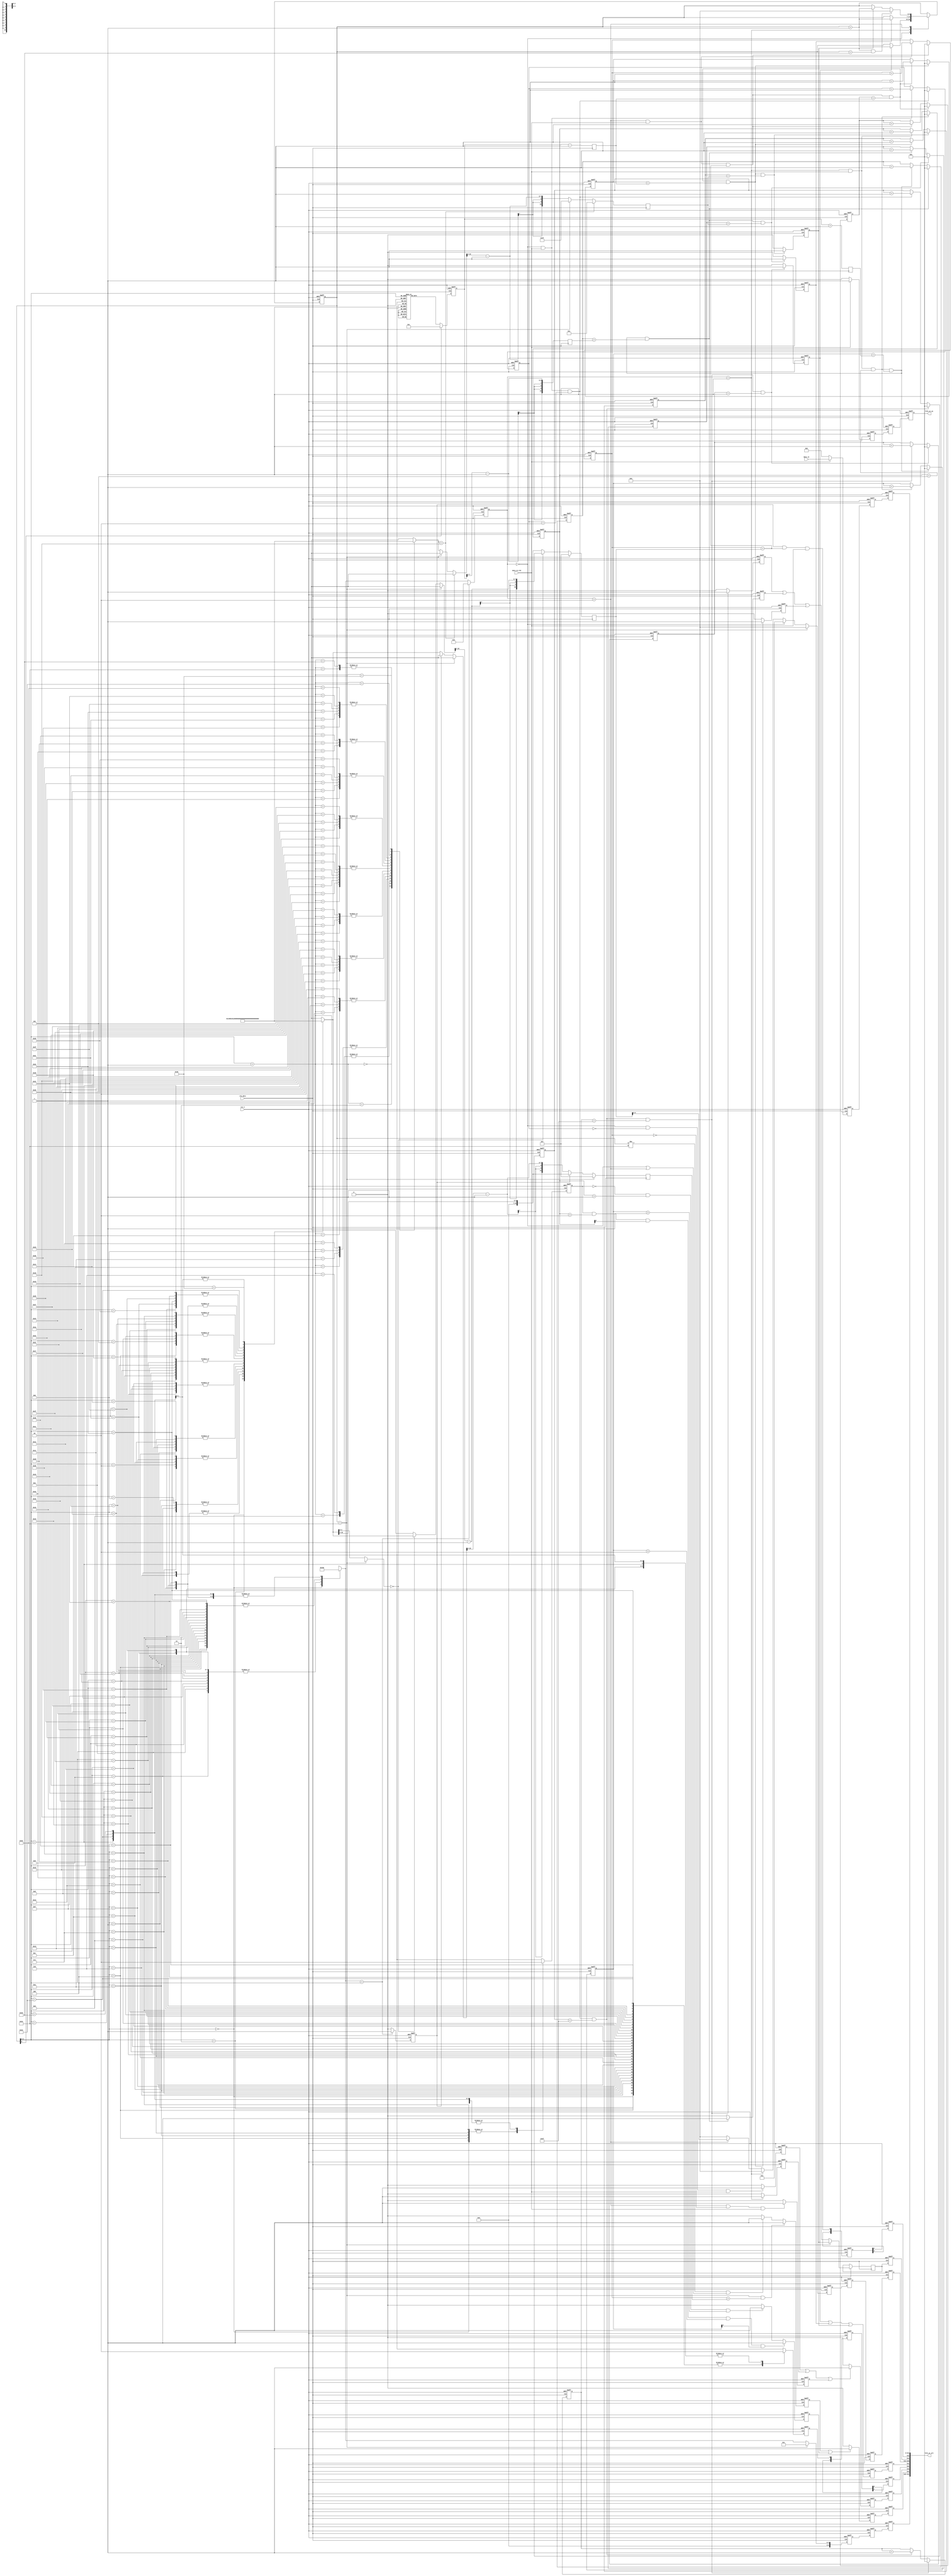
module data_in_reorder
    #(parameter BANDWIDTH=512,
                BITWIDTH=32)(
    input                           clk_data,
    input                           rst_n,
                                    
    input [BANDWIDTH-1:0]           data_in,
    input                           data_in_vld,
                                    
    output reg                      fifo_wr_en,
    output [BITWIDTH*16-1+20:0]     fifo_wr_all
);

//-------------------------------------------
// regs & wires & parameters
//-------------------------------------------
parameter CONV_MODE  = 2'd0;
parameter DW_MODE    = 2'd1;
parameter PW_MODE    = 2'd2;
parameter AVGPL_MODE = 2'd3;

parameter L_CONV  = 3'd0;
parameter L_DW    = 3'd1;
parameter L_PW    = 3'd2;
parameter L_AVGPL = 3'd3;
parameter L_PW_SC = 3'd4;

parameter ST_W_RD    = 2'd0;
parameter ST_SC_RD   = 2'd1;
parameter ST_BIAS_RD = 2'd2;
parameter ST_DATA_RD = 2'd3;

reg  [7:0]                      pic_size;
reg  [15:0]                     pic_square;
reg  [7:0]                      pic_size_1;
reg  [7:0]                      pic_size_dw;
reg  [10:0]                     pic_size_half_1;
reg  [10:0]                     pic_size_quarter_1;
reg  [10:0]                     ci_quarter_1;
reg  [10:0]                     ci_div16_1;
reg  [10:0]                     ci_div16_sc;
reg  [7:0]                      ci_div8;
reg  [7:0]                      ci_div8_1;
reg  [10:0]                     co_div16_1;
reg  [13:0]                     dw_w_chg_cnt_num;
reg  [15:0]                     pw_w_chg_cnt_num;

wire [2:0]                      layer_type[53:0];
wire                            relu_vld[53:0];

wire [10:0]                     c_size_i[54:0];
wire                            s_value[53:0];
reg                             conv_each_done;
reg                             dw_each_done;
reg                             pw_each_done;
reg                             conv_all_done;
reg                             dw_all_done;
reg                             pw_all_done;

wire                            conv_temp_vld1;
wire                            conv_temp_vld2;
wire                            conv_temp_vld3;
wire                            dw_temp_vld1;
wire                            dw_temp_vld2;
reg                             pw_temp_vld;

genvar i;

reg [2:0]                       layer_type_cur;
reg [6:0]                       layer_num_cur;
reg                             layer_sc_vld;
reg                             relu_vld_cur;
reg                             layer_stride;

always @ (posedge clk_data or negedge rst_n) begin 
	if (!rst_n) begin 
		layer_type_cur <= 3'd0;
        layer_sc_vld   <= 1'b0;
        relu_vld_cur   <= 1'b0;
        layer_stride   <= 1'b0;
	end else begin 
		layer_type_cur <= layer_type[layer_num_cur] == L_PW_SC ? L_PW : layer_type[layer_num_cur];
        layer_sc_vld   <= layer_type[layer_num_cur] == L_PW_SC ? 1'b1 : 1'b0;
        relu_vld_cur   <= relu_vld[layer_num_cur];
        layer_stride   <= s_value[layer_num_cur];
	end
end

always @ (posedge clk_data or negedge rst_n) begin 
	if (!rst_n) begin 
		layer_num_cur <= 7'd0;
	end else begin 
		case (layer_type_cur) 
			L_CONV : begin 
				if (conv_all_done == 1'b1) begin 
					layer_num_cur <= layer_num_cur + 1'b1;
				end	else begin 
					layer_num_cur <= layer_num_cur;
				end
			end 
			L_DW : begin 
				if (dw_all_done == 1'b1) begin 
					layer_num_cur <= layer_num_cur + 1'b1;
				end	else begin 
					layer_num_cur <= layer_num_cur;
				end
			end 
            L_PW : begin 
                if (pw_all_done == 1'b1 && layer_num_cur == 7'd53) begin 
                    layer_num_cur <= 7'd0;
                end else if (pw_all_done == 1'b1) begin
                    layer_num_cur <= layer_num_cur + 1'b1;
                end else begin 
                    layer_num_cur <= layer_num_cur;
                end
            end
			default : begin 
				layer_num_cur <= layer_num_cur;
			end
		endcase
	end
end

// reg [6:0]                       layer_type_cur;
// reg [10:0]                      pic_size_quarter_1_temp;
// reg                             s_value_cur_temp;
// reg                             relu_vld_temp;

// always @ (posedge clk_data or negedge rst_n) begin
    // if(!rst_n) begin
        // layer_type_cur         <= 7'd0;
        // pic_size_quarter_1_temp     <= 7'd0;
        // s_value_cur_temp            <= 1'd0;
        // relu_vld_temp               <= 1'b1;
    // end else if (conv_temp_vld1 == 1'b1 || conv_temp_vld2 == 1'b1 || conv_temp_vld3 == 1'b1) begin
        // layer_type_cur         <= layer_type_cur;
        // pic_size_quarter_1_temp     <= pic_size_quarter_1_temp;
        // s_value_cur_temp            <= s_value_cur_temp;
        // relu_vld_temp               <= relu_vld_temp;
    // end else if (dw_temp_vld1 == 1'b1 || dw_temp_vld2 == 1'b1) begin
        // layer_type_cur         <= layer_type_cur;
        // pic_size_quarter_1_temp     <= pic_size_quarter_1_temp;
        // s_value_cur_temp            <= s_value_cur_temp;
        // relu_vld_temp               <= relu_vld_temp;
    // end else begin 
        // layer_type_cur         <= layer_type_cur;
        // pic_size_quarter_1_temp     <= pic_size_quarter_1;
        // s_value_cur_temp            <= layer_stride;
        // relu_vld_temp               <= relu_vld_cur;
    // end
// end

reg [13:0]                      dw_w_chg_cnt_num_temp;
reg [15:0]                      pw_w_chg_cnt_num_temp;

always @ (posedge clk_data or negedge rst_n) begin 
    if (!rst_n) begin 
        dw_w_chg_cnt_num_temp <= 14'd0;
    end else if (dw_temp_vld1 == 1'b1 || dw_temp_vld2 == 1'b1) begin 
        dw_w_chg_cnt_num_temp <= dw_w_chg_cnt_num_temp;
    end else begin 
        dw_w_chg_cnt_num_temp <= dw_w_chg_cnt_num;
    end
end

always @ (posedge clk_data or negedge rst_n) begin 
    if (!rst_n) begin 
        pw_w_chg_cnt_num_temp <= 16'b0;
    end else if (pw_temp_vld == 1'b1) begin 
        pw_w_chg_cnt_num_temp <= pw_w_chg_cnt_num_temp;
    end else begin 
        pw_w_chg_cnt_num_temp <= pw_w_chg_cnt_num;
    end
end

reg [13:0]                      conv_data_cnt_ub;
reg [13:0]                      dw_data_cnt_ub;
reg [13:0]                      pw_data_cnt_ub;

always @ (posedge clk_data or negedge rst_n) begin 
    if (!rst_n) begin 
        dw_data_cnt_ub <= 14'd0;
    end else if (layer_type_cur == L_DW) begin 
        dw_data_cnt_ub <= 14'd0;
    end
end

reg [10:0]                      conv_data_cnt_l1;
reg [10:0]                      conv_data_cnt_l2;
reg [10:0]                      conv_data_cnt_l3;
reg [10:0]                      conv_data_cnt_l4;

/*------------------conv_data_cnt_l1------------------*/
always @ (posedge clk_data or negedge rst_n) begin
    if(!rst_n) begin
        conv_data_cnt_l1 <= 11'd0;
    end else if (layer_type_cur == L_CONV && 
                 data_in_vld == 1'b1 && 
                 conv_data_cnt_l1 == 11'd2) begin
        conv_data_cnt_l1 <= 11'd0;
    end else if (layer_type_cur == L_CONV && 
                 data_in_vld == 1'b1) begin
        conv_data_cnt_l1 <= conv_data_cnt_l1 + 1'b1;
    end else begin 
        conv_data_cnt_l1 <= conv_data_cnt_l1;
    end
end

/*------------------conv_data_cnt_l2------------------*/
always @ (posedge clk_data or negedge rst_n) begin
    if(!rst_n) begin
        conv_data_cnt_l2 <= 11'd0;
    end else if (layer_type_cur == L_CONV && 
                 data_in_vld == 1'b1 && 
                 conv_data_cnt_l1 == 11'd2 && 
                 conv_data_cnt_l2 == 11'd63) begin
        conv_data_cnt_l2 <= 11'd0;
    end else if (layer_type_cur == L_CONV && 
                 data_in_vld == 1'b1 && 
                 conv_data_cnt_l1 == 11'd2) begin
        conv_data_cnt_l2 <= conv_data_cnt_l2 + 1'b1;
    end else begin 
        conv_data_cnt_l2 <= conv_data_cnt_l2;
    end
end

/*------------------conv_data_cnt_l3------------------*/
always @ (posedge clk_data or negedge rst_n) begin
    if(!rst_n) begin
        conv_data_cnt_l3 <= 11'd0;
    end else if (layer_type_cur == L_CONV && 
                 data_in_vld == 1'b1 && 
                 conv_data_cnt_l1 == 11'd2 && 
                 conv_data_cnt_l2 == 11'd63 && 
                 conv_data_cnt_l3 == 11'd63) begin
        conv_data_cnt_l3 <= 11'd0;
    end else if (layer_type_cur == L_CONV && 
                 data_in_vld == 1'b1 && 
                 conv_data_cnt_l1 == 11'd2 && 
                 conv_data_cnt_l2 == 11'd63) begin
        conv_data_cnt_l3 <= conv_data_cnt_l3 + 1'b1;
    end else begin
        conv_data_cnt_l3 <= conv_data_cnt_l3;
    end
end

/*------------------conv_data_cnt_l4------------------*/
always @ (posedge clk_data or negedge rst_n) begin
    if(!rst_n) begin
        conv_data_cnt_l4 <= 11'd0;
    end else if (layer_type_cur == L_CONV && 
                 data_in_vld == 1'b1 && 
                 conv_data_cnt_l1 == 11'd2 && 
                 conv_data_cnt_l2 == 11'd63 && 
                 conv_data_cnt_l3 == 11'd63 && 
                 conv_data_cnt_l4 == 11'd1) begin
        conv_data_cnt_l4 <= 11'd0;
    end else if (layer_type_cur == L_CONV && 
                 data_in_vld == 1'b1 && 
                 conv_data_cnt_l1 == 11'd2 && 
                 conv_data_cnt_l2 == 11'd63 && 
                 conv_data_cnt_l3 == 11'd63) begin
        conv_data_cnt_l4 <= conv_data_cnt_l4 + 1'b1;
    end else begin 
        conv_data_cnt_l4 <= conv_data_cnt_l4;
    end
end

always @ (posedge clk_data or negedge rst_n) begin 
    if (!rst_n) begin 
        conv_each_done <= 1'b0;
    end else if (layer_type_cur == L_CONV && 
                 data_in_vld == 1'b1 && 
                 conv_data_cnt_l1 == 11'd2 && 
                 conv_data_cnt_l2 == 11'd63 && 
                 conv_data_cnt_l3 == 11'd63) begin 
        conv_each_done <= 1'b1;
    end else begin 
        conv_each_done <= 1'b0;
    end
end

always @ (posedge clk_data or negedge rst_n) begin 
    if (!rst_n) begin 
        conv_all_done <= 1'b0;
    end else if (layer_type_cur == L_CONV && 
                 data_in_vld == 1'b1 && 
                 conv_data_cnt_l1 == 11'd2 && 
                 conv_data_cnt_l2 == 11'd63 && 
                 conv_data_cnt_l3 == 11'd63 && 
                 conv_data_cnt_l4 == 11'd1) begin 
        conv_all_done <= 1'b1;
    end else begin 
        conv_all_done <= 1'b0;
    end
end

reg [10:0]                      dw_data_cnt_l1;
reg [10:0]                      dw_data_cnt_l2;
reg [10:0]                      dw_data_cnt_l3;
reg [10:0]                      dw_data_cnt_l4;

always @ (posedge clk_data or negedge rst_n) begin
    if(!rst_n) begin
        dw_data_cnt_l1 <= 11'd0;
    end else if (layer_type_cur == L_DW && 
                 data_in_vld == 1'b1 && 
                 dw_data_cnt_l1 == 11'd5) begin
        dw_data_cnt_l1 <= 11'd0;
    end else if (layer_type_cur == L_DW && 
                 data_in_vld == 1'b1) begin
        dw_data_cnt_l1 <= dw_data_cnt_l1 + 1'b1;
    end else begin 
        dw_data_cnt_l1 <= dw_data_cnt_l1;
    end
end

always @ (posedge clk_data or negedge rst_n) begin
    if(!rst_n) begin
        dw_data_cnt_l2 <= 11'd0;
    end else if (layer_type_cur == L_DW && 
                 data_in_vld == 1'b1 && 
                 dw_data_cnt_l1 == 11'd5  && 
                 dw_data_cnt_l2 == pic_size_dw) begin
        dw_data_cnt_l2 <= 11'd0;
    end else if (layer_type_cur == L_DW && 
                 data_in_vld == 1'b1 && 
                 dw_data_cnt_l1 == 11'd5) begin
        dw_data_cnt_l2 <= dw_data_cnt_l2 + 1'b1;
    end else begin 
        dw_data_cnt_l2 <= dw_data_cnt_l2;
    end
end

always @ (posedge clk_data or negedge rst_n) begin
    if(!rst_n) begin
        dw_data_cnt_l3 <= 11'd0;
    end else if (layer_type_cur == L_DW && 
                 data_in_vld == 1'b1 && 
                 dw_data_cnt_l1 == 11'd5 && 
                 dw_data_cnt_l2 == pic_size_dw && 
                 dw_data_cnt_l3 == pic_size_quarter_1) begin
        dw_data_cnt_l3 <= 11'd0;
    end else if (layer_type_cur == L_DW && 
                 data_in_vld == 1'b1 && 
                 dw_data_cnt_l1 == 11'd5 && 
                 dw_data_cnt_l2 == pic_size_dw) begin
        dw_data_cnt_l3 <= dw_data_cnt_l3 + 1'b1;
    end else begin 
        dw_data_cnt_l3 <= dw_data_cnt_l3;
    end
end

always @ (posedge clk_data or negedge rst_n) begin
    if(!rst_n) begin
        dw_data_cnt_l4 <= 11'd0;
    end else if (layer_type_cur == L_DW && 
                 data_in_vld == 1'b1 && 
                 dw_data_cnt_l1 == 11'd5 && 
                 dw_data_cnt_l2 == pic_size_dw && 
                 dw_data_cnt_l3 == pic_size_quarter_1 &&
                 dw_data_cnt_l4 == co_div16_1) begin
        dw_data_cnt_l4 <= 11'd0;
    end else if (layer_type_cur == L_DW && 
                 data_in_vld == 1'b1 && 
                 dw_data_cnt_l1 == 11'd5 && 
                 dw_data_cnt_l2 == pic_size_dw && 
                 dw_data_cnt_l3 == pic_size_quarter_1) begin
        dw_data_cnt_l4 <= dw_data_cnt_l4 + 1'b1;
    end
end

always @ (posedge clk_data or negedge rst_n) begin 
    if (!rst_n) begin 
        dw_each_done <= 1'b0;
    end else if (layer_type_cur == L_DW && 
                 data_in_vld == 1'b1 && 
                 dw_data_cnt_l1 == 11'd5 && 
                 dw_data_cnt_l2 == pic_size_dw && 
                 dw_data_cnt_l3 == pic_size_quarter_1) begin 
        dw_each_done <= 1'b1;
    end else begin 
        dw_each_done <= 1'b0;
    end
end

always @ (posedge clk_data or negedge rst_n) begin 
    if (!rst_n) begin 
        dw_all_done <= 1'b0;
    end else if (layer_type_cur == L_DW && 
                 data_in_vld == 1'b1 && 
                 dw_data_cnt_l1 == 11'd5 && 
                 dw_data_cnt_l2 == pic_size_dw && 
                 dw_data_cnt_l3 == pic_size_quarter_1 &&
                 dw_data_cnt_l4 == co_div16_1) begin 
        dw_all_done <= 1'b1;
    end else begin 
        dw_all_done <= 1'b0;
    end
end

reg [10:0]                      pw_data_cnt_l1;
reg [10:0]                      pw_data_cnt_l2;
reg [10:0]                      pw_data_cnt_l3;
reg [10:0]                      pw_data_cnt_l4;

always @ (posedge clk_data or negedge rst_n) begin
    if(!rst_n) begin
        pw_data_cnt_l1 <= 11'd0;
    end else if (layer_type_cur == L_PW && 
                 data_in_vld == 1'b1 && 
                 pw_data_cnt_l1 == ci_div16_1) begin
        pw_data_cnt_l1 <= 11'd0;
    end else if (layer_type_cur == L_PW && 
                 data_in_vld == 1'b1) begin
        pw_data_cnt_l1 <= pw_data_cnt_l1 + 1'b1;
    end
end

always @ (posedge clk_data or negedge rst_n) begin
    if(!rst_n) begin
        pw_data_cnt_l2 <= 11'd0;
    end else if (layer_type_cur == L_PW && 
                 data_in_vld == 1'b1 && 
                 pw_data_cnt_l1 == ci_div16_1 && 
                 pw_data_cnt_l2 == pic_size_1) begin
        pw_data_cnt_l2 <= 11'd0;
    end else if (layer_type_cur == L_PW && 
                 data_in_vld == 1'b1 && 
                 pw_data_cnt_l1 == ci_div16_1) begin
        pw_data_cnt_l2 <= pw_data_cnt_l2 + 1'b1;
    end
end

always @ (posedge clk_data or negedge rst_n) begin
    if(!rst_n) begin
        pw_data_cnt_l3 <= 11'd0;
    end else if (layer_type_cur == L_PW && 
                 data_in_vld == 1'b1 && 
                 pw_data_cnt_l1 == ci_div16_1 && 
                 pw_data_cnt_l2 == pic_size_1 && 
                 pw_data_cnt_l3 == pic_size_1) begin
        pw_data_cnt_l3 <= 11'd0;
    end else if (layer_type_cur == L_PW && 
                 data_in_vld == 1'b1 && 
                 pw_data_cnt_l1 == ci_div16_1 && 
                 pw_data_cnt_l2 == pic_size_1) begin
        pw_data_cnt_l3 <= pw_data_cnt_l3 + 1'b1;
    end
end

always @ (posedge clk_data or negedge rst_n) begin
    if(!rst_n) begin
        pw_data_cnt_l4 <= 11'd0;
    end else if (layer_type_cur == L_PW && 
                 data_in_vld == 1'b1 && 
                 pw_data_cnt_l1 == ci_div16_1 && 
                 pw_data_cnt_l2 == pic_size_1 && 
                 pw_data_cnt_l3 == pic_size_1 && 
                 pw_data_cnt_l4 == co_div16_1) begin
        pw_data_cnt_l4 <= 11'd0;
    end else if (layer_type_cur == L_PW && 
                 data_in_vld == 1'b1 && 
                 pw_data_cnt_l1 == ci_div16_1 && 
                 pw_data_cnt_l2 == pic_size_1 && 
                 pw_data_cnt_l3 == pic_size_1) begin
        pw_data_cnt_l4 <= pw_data_cnt_l4 + 1'b1;
    end
end

always @ (posedge clk_data or negedge rst_n) begin 
    if (!rst_n) begin 
        pw_each_done <= 1'b0;
    end else if (layer_type_cur == L_PW && 
                 data_in_vld == 1'b1 && 
                 pw_data_cnt_l1 == ci_div16_1 && 
                 pw_data_cnt_l2 == pic_size_1 && 
                 pw_data_cnt_l3 == pic_size_1) begin 
        pw_each_done <= 1'b1;
    end else begin 
        pw_each_done <= 1'b0;
    end
end

always @ (posedge clk_data or negedge rst_n) begin 
    if (!rst_n) begin 
        pw_all_done <= 1'b0;
    end else if (layer_type_cur == L_PW && 
                 data_in_vld == 1'b1 && 
                 pw_data_cnt_l1 == ci_div16_1 && 
                 pw_data_cnt_l2 == pic_size_1 && 
                 pw_data_cnt_l3 == pic_size_1 && 
                 pw_data_cnt_l4 == co_div16_1) begin 
        pw_all_done <= 1'b1;
    end else begin 
        pw_all_done <= 1'b0;
    end
end

reg                             data_reorder_temp_vld;
reg [BITWIDTH*16-1:0]           data_reorder_temp;

always @ (posedge clk_data or negedge rst_n) begin 
    if (!rst_n) begin 
        data_reorder_temp_vld <= 1'b0;
    end else if (data_in_vld == 1'b1) begin 
        data_reorder_temp_vld <= 1'b1;
    end else begin 
        data_reorder_temp_vld <= 1'b0;
    end
end

always @ (posedge clk_data or negedge rst_n) begin 
    if (!rst_n) begin 
        data_reorder_temp <= 0;
    end else if (data_in_vld == 1'b1) begin 
        data_reorder_temp <= data_in;
    end else begin 
        data_reorder_temp <= 0;
    end
end

reg [BITWIDTH*16-1:0]           data_reorder_temp_r;
reg [BITWIDTH*16-1:0]           fifo_wr_data;

always @ (posedge clk_data or negedge rst_n) begin 
    if (!rst_n) begin 
        data_reorder_temp_r <= 0;
        fifo_wr_data        <= 0;
    end else begin 
        data_reorder_temp_r <= data_reorder_temp;
        fifo_wr_data        <= data_reorder_temp_r;
    end
end

//-------------------------------------------
// control signal for data reorder
// for this 16-Data-In Architecture 
// all data only need to register once 
//-------------------------------------------
reg                             fifo_wr_en_p;
reg [2:0]                       fifo_wr_en_p_r;

always @ (posedge clk_data or negedge rst_n) begin
    if (!rst_n) begin 
        fifo_wr_en_p <= 1'b0;
    end else if (data_in_vld == 1'b1) begin 
        fifo_wr_en_p <= 1'b1;        
    end else begin 
        fifo_wr_en_p <= 1'b0;
    end
end

always @ (posedge clk_data or negedge rst_n) begin 
    if (!rst_n) begin 
        fifo_wr_en_p_r <= 3'b0;
        fifo_wr_en     <= 1'b0;
    end else begin 
        fifo_wr_en_p_r <= {fifo_wr_en_p_r[1:0], fifo_wr_en_p};
        fifo_wr_en     <= fifo_wr_en_p_r[0];
    end
end

/*-------------fifo_wr_slice_finish--------------*/ 
reg                         	fifo_wr_slice_finish;
reg                         	fifo_wr_slice_finish_p;  
reg [1:0]                     	fifo_wr_slice_finish_r;  

always @ (posedge clk_data or negedge rst_n) begin 
    if (!rst_n) begin 
        fifo_wr_slice_finish <= 1'b0;
        fifo_wr_slice_finish <= 1'b0;
    end else begin 
        fifo_wr_slice_finish_p <= layer_num_cur == 52 ? pw_all_done : (conv_each_done | dw_each_done | pw_each_done);
        fifo_wr_slice_finish   <= fifo_wr_slice_finish_p;
    end
end

// always @ (posedge clk_data or negedge rst_n) begin 
    // if (!rst_n) begin 
        // fifo_wr_slice_finish_r <= 2'b0;
        // fifo_wr_slice_finish   <= 1'b0;
    // end else begin 
        // fifo_wr_slice_finish_r <= {fifo_wr_slice_finish_r[0], fifo_wr_slice_finish_p};
        // fifo_wr_slice_finish   <= fifo_wr_slice_finish_p;
    // end
// end

/*-------------fifo_wr_layer_type_cur--------------*/
reg  [6:0]                      fifo_wr_layer_type_cur;
reg  [6:0]                      fifo_wr_layer_type_cur_g;
reg  [6:0]                      fifo_wr_layer_type_cur_r[2:0];

always @ (posedge clk_data or negedge rst_n) begin 
    if (!rst_n) begin 
        fifo_wr_layer_type_cur_g <= 1'b0;
    end else if (layer_num_cur == 52) begin 
        fifo_wr_layer_type_cur_g <= L_AVGPL;
    end else begin 
        fifo_wr_layer_type_cur_g <= layer_type[layer_num_cur];
    end
end

always @ (posedge clk_data or negedge rst_n) begin 
    if (!rst_n) begin 
        fifo_wr_layer_type_cur_r[0] <= 1'b0;
        fifo_wr_layer_type_cur_r[1] <= 1'b0;
        fifo_wr_layer_type_cur_r[2] <= 1'b0;
        fifo_wr_layer_type_cur      <= 1'b0;
    end else begin 
        fifo_wr_layer_type_cur_r[0] <= fifo_wr_layer_type_cur_g;
        fifo_wr_layer_type_cur_r[1] <= fifo_wr_layer_type_cur_r[0];
        fifo_wr_layer_type_cur_r[2] <= fifo_wr_layer_type_cur_r[1];
        fifo_wr_layer_type_cur      <= fifo_wr_layer_type_cur_r[0];
    end
end

/*-------------fifo_wr_calc_en--------------*/
reg                             conv_pw_calc_en;
reg                             dw_calc_en;
reg                             fifo_wr_calc_en;
reg                             fifo_wr_calc_en_p;
reg [1:0]                       fifo_wr_calc_en_r;
 
always @ (posedge clk_data or negedge rst_n) begin 
    if (!rst_n) begin 
        conv_pw_calc_en <= 1'b0;
    end else if (layer_num_cur == 52 && pw_data_cnt_l1 == ci_div16_sc) begin 
        conv_pw_calc_en <= 1'b1;
    end else if (layer_num_cur != 52 && (layer_type_cur == L_CONV || layer_type_cur == L_PW)) begin 
        conv_pw_calc_en <= 1'b1;
    end else begin 
        conv_pw_calc_en <= 1'b0;
    end
end

always @ (posedge clk_data or negedge rst_n) begin 
    if (!rst_n) begin 
        dw_calc_en <= 1'b0;
    end else if (layer_stride == 1'b1 && dw_data_cnt_l1 > 11'd2 && dw_data_cnt_l1[0] == 1'b1 && dw_data_cnt_l2 > 11'd2 && dw_data_cnt_l2[0] == 1'b1) begin 
        dw_calc_en <= 1'b1;
    end else if (layer_stride == 1'b0 && dw_data_cnt_l1 > 11'd1 && dw_data_cnt_l2 > 11'd1) begin 
        dw_calc_en <= 1'b1;
    end else begin 
        dw_calc_en <= 1'b0;
    end
end

always @ (posedge clk_data or negedge rst_n) begin 
    if (!rst_n) begin 
        fifo_wr_calc_en_p <= 1'b0; 
    end else if (conv_pw_calc_en || dw_calc_en) begin 
        fifo_wr_calc_en_p <= 1'b1; 
    end else begin 
        fifo_wr_calc_en_p <= 1'b0; 
    end
end

always @ (posedge clk_data or negedge rst_n) begin 
    if (!rst_n) begin 
        fifo_wr_calc_en_r <= 2'b0;
        fifo_wr_calc_en   <= 1'b0;
    end else begin 
        fifo_wr_calc_en_r <= {fifo_wr_calc_en_r[0], fifo_wr_calc_en_p};
        fifo_wr_calc_en   <= fifo_wr_calc_en_p;
    end
end

/*-------------fifo_wr_acc_s--------------*/
reg                             conv_acc_s_p;
reg                             dw_acc_s_p;
reg                             pw_acc_s_p;

always @ (posedge clk_data or negedge rst_n) begin 
    if (!rst_n) begin 
        conv_acc_s_p <= 1'b0;
    end else if (layer_type_cur == L_CONV && conv_data_cnt_l1 == 0 && data_in_vld == 1'b1) begin 
        conv_acc_s_p <= 1'b1;
    end else begin 
        conv_acc_s_p <= 1'b0; 
    end
end

always @ (posedge clk_data or negedge rst_n) begin 
    if (!rst_n) begin 
        dw_acc_s_p <= 1'b0;
    end else if (layer_type_cur == L_DW) begin 
        dw_acc_s_p <= 1'b1;
    end else begin 
        dw_acc_s_p <= 1'b0;
    end
end

always @ (posedge clk_data or negedge rst_n) begin 
    if (!rst_n) begin 
        pw_acc_s_p <= 1'b0;
    end else if (layer_type_cur == L_PW && pw_data_cnt_l1 == 0 && data_in_vld == 1'b1) begin 
        pw_acc_s_p <= 1'b1;
    end else begin 
        pw_acc_s_p <= 1'b0;
    end
end

reg                             fifo_wr_acc_s;
reg                             fifo_wr_acc_s_p;
reg [1:0]                       fifo_wr_acc_s_r;

always @ (posedge clk_data or negedge rst_n) begin 
    if (!rst_n) begin 
        fifo_wr_acc_s_p <= 1'b0;
    end else if (conv_acc_s_p == 1'b1 || dw_acc_s_p == 1'b1 || pw_acc_s_p == 1'b1) begin 
        fifo_wr_acc_s_p <= 1'b1;
    end else begin 
        fifo_wr_acc_s_p <= 1'b0;
    end
end

always @ (posedge clk_data or negedge rst_n) begin 
    if (!rst_n) begin 
        fifo_wr_acc_s_r <= 2'b0;
        fifo_wr_acc_s   <= 1'b0;
    end else begin 
        fifo_wr_acc_s_r <= {fifo_wr_acc_s_r[0], fifo_wr_acc_s_p};
        fifo_wr_acc_s   <= fifo_wr_acc_s_p;
    end
end

/*-------------relu_vld--------------*/
reg [3:0]                       fifo_wr_relu_vld_r;
reg                             fifo_wr_relu_vld;

always @ (posedge clk_data or negedge rst_n) begin 
    if (!rst_n) begin 
        fifo_wr_relu_vld_r <= 4'd0;
        fifo_wr_relu_vld   <= 1'b0;
    end else begin 
        fifo_wr_relu_vld_r <= {fifo_wr_relu_vld_r[2:0], relu_vld_cur};
        fifo_wr_relu_vld   <= fifo_wr_relu_vld_r[1];
    end        
end 

/*-------------fifo_wr_layer_finish--------------*/
reg                             fifo_wr_layer_finish_p;
reg                             fifo_wr_layer_finish;

always @ (posedge clk_data or negedge rst_n) begin 
    if (!rst_n) begin 
        fifo_wr_layer_finish_p <= 1'b0;
    end else begin 
        fifo_wr_layer_finish_p <= conv_all_done | dw_all_done | pw_all_done;
    end
end

always @ (posedge clk_data or negedge rst_n) begin 
    if (!rst_n) begin 
        // fifo_wr_layer_finish_r <= 2'b0;
        fifo_wr_layer_finish   <= 1'b0;
    end else begin 
        // fifo_wr_layer_finish_r <= {fifo_wr_layer_finish_r[0], fifo_wr_layer_finish_p};
        fifo_wr_layer_finish   <= fifo_wr_layer_finish_p;
    end
end

/*-------------fifo_wr_acc_para--------------*/
reg [6:0]                       fifo_wr_acc_para;
reg [6:0]                       fifo_wr_acc_para_p;
reg [6:0]                       fifo_wr_acc_para_p_r[2:0];

always @ (posedge clk_data or negedge rst_n)
begin
    if(!rst_n) begin
        fifo_wr_acc_para_p <= 7'd0;
    end else if (layer_num_cur == 52) begin 
        fifo_wr_acc_para_p <= 7'd0;
    end else if (layer_type_cur == L_CONV) begin
        fifo_wr_acc_para_p <= 7'd2;
    end else if (layer_type_cur == L_DW) begin
        fifo_wr_acc_para_p <= 7'd0;
    end else if (layer_type_cur == L_PW) begin 
        fifo_wr_acc_para_p <= ci_div16_1[6:0];
    end else begin
        fifo_wr_acc_para_p <= 7'd0;
    end
end

always @ (posedge clk_data or negedge rst_n) begin 
    if (!rst_n) begin 
        fifo_wr_acc_para_p_r[0] <= 7'b0;
        fifo_wr_acc_para_p_r[1] <= 7'b0;
        fifo_wr_acc_para_p_r[2] <= 7'b0;
        fifo_wr_acc_para        <= 7'b0;
    end else begin 
        fifo_wr_acc_para_p_r[0] <= fifo_wr_acc_para_p;
        fifo_wr_acc_para_p_r[1] <= fifo_wr_acc_para_p_r[0];
        fifo_wr_acc_para_p_r[2] <= fifo_wr_acc_para_p_r[1];
        fifo_wr_acc_para        <= fifo_wr_acc_para_p_r[1];
    end
end

/*-------------fifo_wr_pw_sc--------------*/
reg                             fifo_wr_pw_sc;
reg [2:0]                       fifo_wr_pw_sc_p;

always @ (posedge clk_data or negedge rst_n) begin 
    if (!rst_n) begin 
        fifo_wr_pw_sc_p <= 3'b0;
    end else begin 
        fifo_wr_pw_sc_p <= {fifo_wr_pw_sc_p[1:0], (layer_sc_vld & pw_data_cnt_l1 == ci_div16_1 & data_in_vld)};
    end
end

always @ (posedge clk_data or negedge rst_n) begin 
    if (!rst_n) begin 
        fifo_wr_pw_sc <= 1'b0;
    end else begin 
        fifo_wr_pw_sc <= fifo_wr_pw_sc_p[1]; 
    end
end

assign fifo_wr_all = {fifo_wr_layer_type_cur, fifo_wr_calc_en, fifo_wr_acc_s, fifo_wr_relu_vld, 
                      fifo_wr_layer_finish, fifo_wr_acc_para, fifo_wr_slice_finish, fifo_wr_pw_sc, fifo_wr_data};


//layer type
assign layer_type[0]  = L_CONV;  assign layer_type[3] = L_PW;     assign layer_type[6] = L_PW;
assign layer_type[1]  = L_DW;    assign layer_type[4] = L_DW;     assign layer_type[7] = L_DW;
assign layer_type[2]  = L_PW;    assign layer_type[5] = L_PW;     assign layer_type[8] = L_PW_SC;

assign layer_type[9 ] = L_PW;    assign layer_type[12] = L_PW;    assign layer_type[15] = L_PW;
assign layer_type[10] = L_DW;    assign layer_type[13] = L_DW;    assign layer_type[16] = L_DW;
assign layer_type[11] = L_PW;    assign layer_type[14] = L_PW_SC; assign layer_type[17] = L_PW_SC;

assign layer_type[18] = L_PW;    assign layer_type[21] = L_PW;    assign layer_type[24] = L_PW;
assign layer_type[19] = L_DW;    assign layer_type[22] = L_DW;    assign layer_type[25] = L_DW;
assign layer_type[20] = L_PW;    assign layer_type[23] = L_PW_SC; assign layer_type[26] = L_PW_SC;

assign layer_type[27] = L_PW;    assign layer_type[30] = L_PW;    assign layer_type[33] = L_PW;
assign layer_type[28] = L_DW;    assign layer_type[31] = L_DW;    assign layer_type[34] = L_DW;
assign layer_type[29] = L_PW_SC; assign layer_type[32] = L_PW;    assign layer_type[35] = L_PW_SC;

assign layer_type[36] = L_PW;    assign layer_type[39] = L_PW;    assign layer_type[42] = L_PW;
assign layer_type[37] = L_DW;    assign layer_type[40] = L_DW;    assign layer_type[43] = L_DW;
assign layer_type[38] = L_PW_SC; assign layer_type[41] = L_PW;    assign layer_type[44] = L_PW_SC;

assign layer_type[45] = L_PW;    assign layer_type[48] = L_PW;    assign layer_type[51] = L_PW;
assign layer_type[46] = L_DW;    assign layer_type[49] = L_DW;    assign layer_type[52] = L_PW;
assign layer_type[47] = L_PW_SC; assign layer_type[50] = L_PW;    assign layer_type[53] = L_PW;

reg [7:0]           pic_size_cur;

always @ (posedge clk_data or negedge rst_n) begin
    if (!rst_n) begin
        pic_size <= 8'd128;
    end else begin
        pic_size <= pic_size_cur;
    end
end

always @ (*) begin
    case (layer_num_cur)
        0 : 
        begin
            pic_size_cur = 8'd128;
        end
        1,2,3,4 : 
        begin
            pic_size_cur = 8'd64;
        end
        5,6,7,8,9,10 :
        begin
            pic_size_cur = 8'd32;
        end
        11,12,13,14,15,16,17,18,19 :
        begin
            pic_size_cur = 8'd16;
        end
        20,21,22,23,24,25,26,27,28,
        29,30,31,32,33,34,35,36,37,
        38,39,40 :
        begin
            pic_size_cur = 8'd8;
        end
        41,42,43,44,45,46,47,48,49,
        50,51: 
        begin
            pic_size_cur = 8'd4;
        end
        default : begin
            pic_size_cur = 8'd1;
        end
    endcase
end

//dw_w_chg_cnt_num = (pic+2)*pic
always @ (posedge clk_data) begin 
    case (pic_size_cur)
        8'd64 : begin 
            dw_w_chg_cnt_num <= 14'd1024  + 14'd32 - 1'b1;
        end
        8'd32 : begin 
            dw_w_chg_cnt_num <= 14'd256 + 14'd16 - 1'b1;
        end
        8'd16 : begin 
            dw_w_chg_cnt_num <= 14'd64 + 14'd8 - 1'b1;
        end
        8'd8 : begin 
            dw_w_chg_cnt_num <= 14'd16 + 14'd4 - 1'b1;
        end
        8'd4 : begin 
            dw_w_chg_cnt_num <= 14'd4 + 14'd2 - 1'b1;
        end
        default : begin 
            dw_w_chg_cnt_num <= 14'd0;
        end
    endcase
end

reg [23:0]                  pw_w_chg_cnt_num_p;

always @ (posedge clk_data) begin 
    ci_div8 <= c_size_i[layer_num_cur][10:3];
    pic_square <= pic_size * pic_size;
    pw_w_chg_cnt_num_p <= ci_div8 * pic_square;
    pw_w_chg_cnt_num <= layer_num_cur == 52 ? 16'd2559 : pw_w_chg_cnt_num_p[15:0] - 1'b1;
end

always @ (posedge clk_data) begin
    pic_size_quarter_1  <= pic_size[7:2] - 1'b1;
    pic_size_half_1     <= pic_size[7:1] - 1'b1;
    pic_size_1          <= pic_size[7:0] - 1'b1;
    pic_size_dw         <= pic_size[7:0] + 1'b1;
    ci_quarter_1        <= {2'b0, c_size_i[layer_num_cur][10:2]} - 1'b1;
end

always @ (posedge clk_data) begin 
    if (layer_num_cur == 52) begin 
        ci_div8_1 <= 8'd1;
    end else begin 
        ci_div8_1 <= c_size_i[layer_num_cur][10:3] - 1'b1;
    end
end

always @ (posedge clk_data) begin 
    if (c_size_i[layer_num_cur+1] == 11'd24) begin 
        co_div16_1 <= 11'd1;
    end else if (layer_num_cur == 52) begin 
        co_div16_1 <= 11'd79;
    end else begin 
        co_div16_1 <= c_size_i[layer_num_cur+1][10:4] - 1'b1;
    end
end

always @ (posedge clk_data) begin 
    if (layer_num_cur == 52) begin 
        ci_div16_sc <= 11'd15;
    end else if (layer_sc_vld == 1'b1) begin 
        ci_div16_sc <= {4'b0, c_size_i[layer_num_cur][10:4]};
    end else begin 
        ci_div16_sc <= {4'b0, c_size_i[layer_num_cur][10:4]} - 1'b1;
    end
end

always @ (posedge clk_data) begin 
    if (layer_num_cur == 52) begin 
        ci_div16_1 <= 11'd15;
    end else if (c_size_i[layer_num_cur][3:0] == 4'd0) begin 
        ci_div16_1 <= c_size_i[layer_num_cur][10:4] - 1'b1;
    end else begin 
        ci_div16_1 <= c_size_i[layer_num_cur][10:4];
    end
end

//c_size_i
assign c_size_i[ 0] = 11'd3   ; assign c_size_i[ 1] = 11'd32  ; assign c_size_i[ 2] = 11'd32  ;
assign c_size_i[ 3] = 11'd16  ; assign c_size_i[ 4] = 11'd96  ; assign c_size_i[ 5] = 11'd96  ;
assign c_size_i[ 6] = 11'd24  ; assign c_size_i[ 7] = 11'd144 ; assign c_size_i[ 8] = 11'd144 ;
assign c_size_i[ 9] = 11'd24  ; assign c_size_i[10] = 11'd144 ; assign c_size_i[11] = 11'd144 ;
assign c_size_i[12] = 11'd32  ; assign c_size_i[13] = 11'd192 ; assign c_size_i[14] = 11'd192 ;
assign c_size_i[15] = 11'd32  ; assign c_size_i[16] = 11'd192 ; assign c_size_i[17] = 11'd192 ;
assign c_size_i[18] = 11'd32  ; assign c_size_i[19] = 11'd192 ; assign c_size_i[20] = 11'd192 ;
assign c_size_i[21] = 11'd64  ; assign c_size_i[22] = 11'd384 ; assign c_size_i[23] = 11'd384 ;
assign c_size_i[24] = 11'd64  ; assign c_size_i[25] = 11'd384 ; assign c_size_i[26] = 11'd384 ;
assign c_size_i[27] = 11'd64  ; assign c_size_i[28] = 11'd384 ; assign c_size_i[29] = 11'd384 ;
assign c_size_i[30] = 11'd64  ; assign c_size_i[31] = 11'd384 ; assign c_size_i[32] = 11'd384 ;
assign c_size_i[33] = 11'd96  ; assign c_size_i[34] = 11'd576 ; assign c_size_i[35] = 11'd576 ;
assign c_size_i[36] = 11'd96  ; assign c_size_i[37] = 11'd576 ; assign c_size_i[38] = 11'd576 ;
assign c_size_i[39] = 11'd96  ; assign c_size_i[40] = 11'd576 ; assign c_size_i[41] = 11'd576 ;
assign c_size_i[42] = 11'd160 ; assign c_size_i[43] = 11'd960 ; assign c_size_i[44] = 11'd960 ;
assign c_size_i[45] = 11'd160 ; assign c_size_i[46] = 11'd960 ; assign c_size_i[47] = 11'd960 ;
assign c_size_i[48] = 11'd160 ; assign c_size_i[49] = 11'd960 ; assign c_size_i[50] = 11'd960 ;
assign c_size_i[51] = 11'd320 ; assign c_size_i[52] = 11'd1280; assign c_size_i[53] = 11'd1280;
assign c_size_i[54] = 11'd1008;

//stride
assign s_value[ 0] = 1'd1; assign s_value[ 1] = 1'd0; assign s_value[ 2] = 1'd0;
assign s_value[ 3] = 1'd0; assign s_value[ 4] = 1'd1; assign s_value[ 5] = 1'd0;
assign s_value[ 6] = 1'd0; assign s_value[ 7] = 1'd0; assign s_value[ 8] = 1'd0;
assign s_value[ 9] = 1'd0; assign s_value[10] = 1'd1; assign s_value[11] = 1'd0;
assign s_value[12] = 1'd0; assign s_value[13] = 1'd0; assign s_value[14] = 1'd0;
assign s_value[15] = 1'd0; assign s_value[16] = 1'd0; assign s_value[17] = 1'd0;
assign s_value[18] = 1'd0; assign s_value[19] = 1'd1; assign s_value[20] = 1'd0;
assign s_value[21] = 1'd0; assign s_value[22] = 1'd0; assign s_value[23] = 1'd0;
assign s_value[24] = 1'd0; assign s_value[25] = 1'd0; assign s_value[26] = 1'd0;
assign s_value[27] = 1'd0; assign s_value[28] = 1'd0; assign s_value[29] = 1'd0;
assign s_value[30] = 1'd0; assign s_value[31] = 1'd0; assign s_value[32] = 1'd0;
assign s_value[33] = 1'd0; assign s_value[34] = 1'd0; assign s_value[35] = 1'd0;
assign s_value[36] = 1'd0; assign s_value[37] = 1'd0; assign s_value[38] = 1'd0;
assign s_value[39] = 1'd0; assign s_value[40] = 1'd1; assign s_value[41] = 1'd0;
assign s_value[42] = 1'd0; assign s_value[43] = 1'd0; assign s_value[44] = 1'd0;
assign s_value[45] = 1'd0; assign s_value[46] = 1'd0; assign s_value[47] = 1'd0;
assign s_value[48] = 1'd0; assign s_value[49] = 1'd0; assign s_value[50] = 1'd0;
assign s_value[51] = 1'd0; assign s_value[52] = 1'd0; assign s_value[53] = 1'd0;

//relu_vld
assign relu_vld[0]  = 1'b1;  assign relu_vld[18] = 1'b1; assign relu_vld[36] = 1'b1;
assign relu_vld[1]  = 1'b1;  assign relu_vld[19] = 1'b1; assign relu_vld[37] = 1'b1;
assign relu_vld[2]  = 1'b0;  assign relu_vld[20] = 1'b0; assign relu_vld[38] = 1'b0;
assign relu_vld[3]  = 1'b1;  assign relu_vld[21] = 1'b1; assign relu_vld[39] = 1'b1;
assign relu_vld[4]  = 1'b1;  assign relu_vld[22] = 1'b1; assign relu_vld[40] = 1'b1;
assign relu_vld[5]  = 1'b0;  assign relu_vld[23] = 1'b0; assign relu_vld[41] = 1'b0;
assign relu_vld[6]  = 1'b1;  assign relu_vld[24] = 1'b1; assign relu_vld[42] = 1'b1;
assign relu_vld[7]  = 1'b1;  assign relu_vld[25] = 1'b1; assign relu_vld[43] = 1'b1;
assign relu_vld[8]  = 1'b0;  assign relu_vld[26] = 1'b0; assign relu_vld[44] = 1'b0;
assign relu_vld[9]  = 1'b1;  assign relu_vld[27] = 1'b1; assign relu_vld[45] = 1'b1;
assign relu_vld[10] = 1'b1;  assign relu_vld[28] = 1'b1; assign relu_vld[46] = 1'b1;
assign relu_vld[11] = 1'b0;  assign relu_vld[29] = 1'b0; assign relu_vld[47] = 1'b0;
assign relu_vld[12] = 1'b1;  assign relu_vld[30] = 1'b1; assign relu_vld[48] = 1'b1;
assign relu_vld[13] = 1'b1;  assign relu_vld[31] = 1'b1; assign relu_vld[49] = 1'b1;
assign relu_vld[14] = 1'b0;  assign relu_vld[32] = 1'b0; assign relu_vld[50] = 1'b0;
assign relu_vld[15] = 1'b1;  assign relu_vld[33] = 1'b1; assign relu_vld[51] = 1'b1;
assign relu_vld[16] = 1'b1;  assign relu_vld[34] = 1'b1; assign relu_vld[52] = 1'b0;
assign relu_vld[17] = 1'b0;  assign relu_vld[35] = 1'b0; assign relu_vld[53] = 1'b0;



endmodule